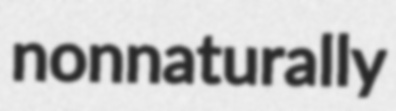
nonnaturally